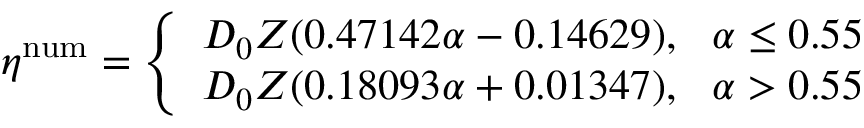
\eta ^ { \mathrm { n u m } } = \left\{ \begin{array} { l l } { D _ { 0 } Z ( 0 . 4 7 1 4 2 \alpha - 0 . 1 4 6 2 9 ) , ~ ~ \alpha \leq 0 . 5 5 } \\ { D _ { 0 } Z ( 0 . 1 8 0 9 3 \alpha + 0 . 0 1 3 4 7 ) , ~ ~ \alpha > 0 . 5 5 } \end{array} \right.